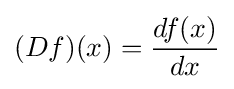
(Df)(x)={\frac {df(x)}{dx}}